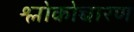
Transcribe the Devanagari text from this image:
श्लोकोच्चारण